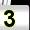
Digit: 3